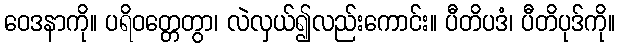
ဝေဒနာကို။ ပရိဝတ္တေတွာ၊ လဲလှယ်၍လည်းကောင်း။ ပီတိပဒံ၊ ပီတိပုဒ်ကို။